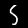
Label: 5